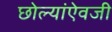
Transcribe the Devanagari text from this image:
छोल्यांऐवजी